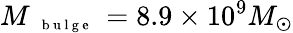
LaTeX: M_{\mathrm{~{~\scriptsize~b~u~l~g~e~}~}}=8.9\times 10^{9}M_{\odot}